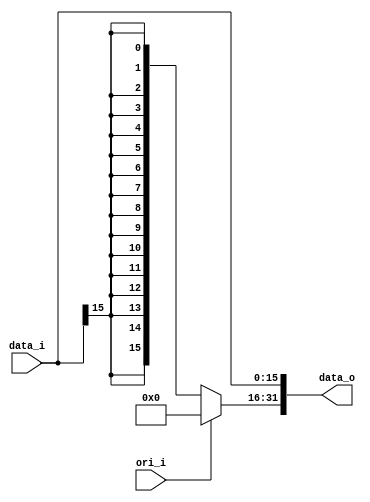
//Writer:      0416021 0416246

module Sign_Extend(
    data_i,
	 ori_i,
    data_o
    );
               
//I/O ports
input   [16-1:0] data_i;
input				  ori_i;
output  [32-1:0] data_o;

//Internal Signals
reg     [32-1:0] data_o;

//Sign extended
always@(*)begin
	if(ori_i==1'b1)begin
		data_o [31:16] = 16'b0000000000000000;
		data_o [15:0] = data_i;
	end
	else begin
		data_o [31:16] = {data_i[15], data_i[15], data_i[15], data_i[15], data_i[15], data_i[15], data_i[15], data_i[15], data_i[15], data_i[15], data_i[15], data_i[15], data_i[15], data_i[15], data_i[15], data_i[15]};
		data_o [15:0] = data_i;
	end
end
endmodule